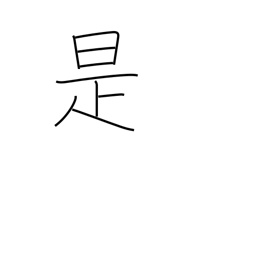
Meaning: just so